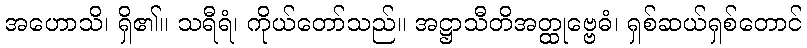
အဟောသိ၊ ရှိ၏။ သရီရံ၊ ကိုယ်တော်သည်။ အဋ္ဌာသီတိအတ္ထုဗ္ဗေဓံ၊ ရှစ်ဆယ်ရှစ်တောင်